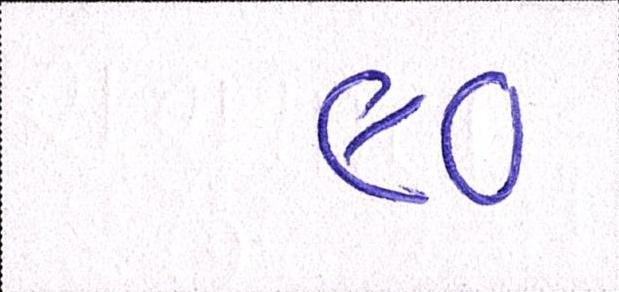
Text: ૯૦